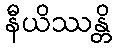
နီယိဿန္တိ